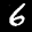
Label: 6